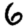
Digit: 6